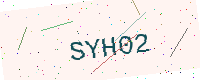
Text: SYH02